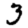
Digit: 3